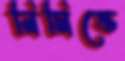
নিমিত্তে